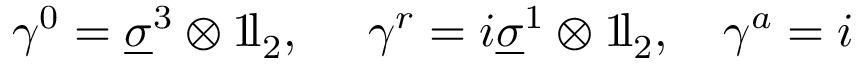
\gamma ^ { 0 } = \underline { { { \sigma } } } ^ { 3 } \otimes 1 \! \mathrm { l } _ { 2 } , \ \ \ \ \gamma ^ { r } = i \underline { { { \sigma } } } ^ { 1 } \otimes 1 \! \mathrm { l } _ { 2 } , \ \ \ \gamma ^ { a } = i